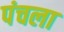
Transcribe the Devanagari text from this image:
पंचला